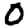
Digit: 0